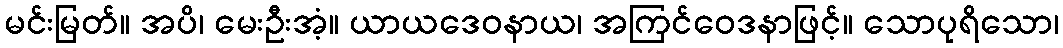
မင်းမြတ်။ အပိ၊ မေးဦးအံ့။ ယာယဒေဝနာယ၊ အကြင်ဝေဒနာဖြင့်။ သောပုရိသော၊